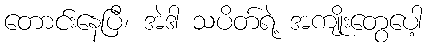
တောင်းနေပြီ၊ အဲဒါ သပိတ်ရဲ့ အကျိုးတွေပေါ့